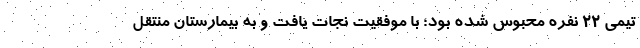
تیمی ۲۲ نفره محبوس شده بود؛ با موفقیت نجات یافت و به بیمارستان منتقل